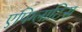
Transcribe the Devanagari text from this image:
एपिग्लाटिस